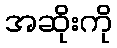
အဆိုးကို